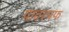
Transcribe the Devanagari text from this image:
पावरपफ